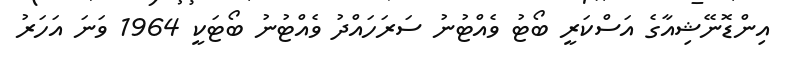
އިންޑޮނޭޝިއާގެ އަސްކަރީ ބޯޓު ވެއްޓުނު ސަރަހައްދު ވެއްޓުނު ބޯޓަކީ 1964 ވަނަ އަހަރު